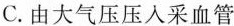
C.由大气压压入采血管